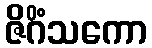
ဇိဂိံသကော